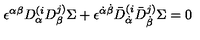
\epsilon ^ { \alpha \beta } D _ { \alpha } ^ { ( i } D _ { \beta } ^ { j ) } \Sigma + \epsilon ^ { \dot { \alpha } \dot { \beta } } \bar { D } _ { \dot { \alpha } } ^ { ( i } \bar { D } _ { \dot { \beta } } ^ { j ) } \Sigma = 0